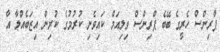
ޕްރިންސް ހެރީގެ ބޭބެ ޕްރިންސް ވިލިއަމް ކައިވެނި ކުރުމުގެ ކުރިން އިޒަބެއްލާ އާ